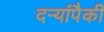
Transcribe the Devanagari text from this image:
दऱ्यांपैकी